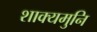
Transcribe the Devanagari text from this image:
शाक्‍यमुनि